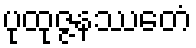
ပုထုဇ္ဇနဿေတံ